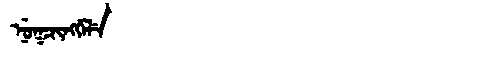
Manchu: ᠨᡠᡴᠴᡳᠩᡤᡝᠯᡝ
Romanization: NUKCINGGELE